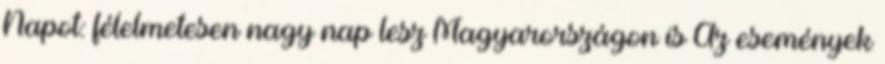
Napot: félelmetesen nagy nap lesz Magyarországon is Az események